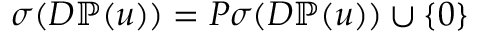
\sigma ( D \mathbb { P } ( u ) ) = P \sigma ( D \mathbb { P } ( u ) ) \cup \{ 0 \}